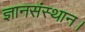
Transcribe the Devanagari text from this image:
ज्ञानसंस्थान।